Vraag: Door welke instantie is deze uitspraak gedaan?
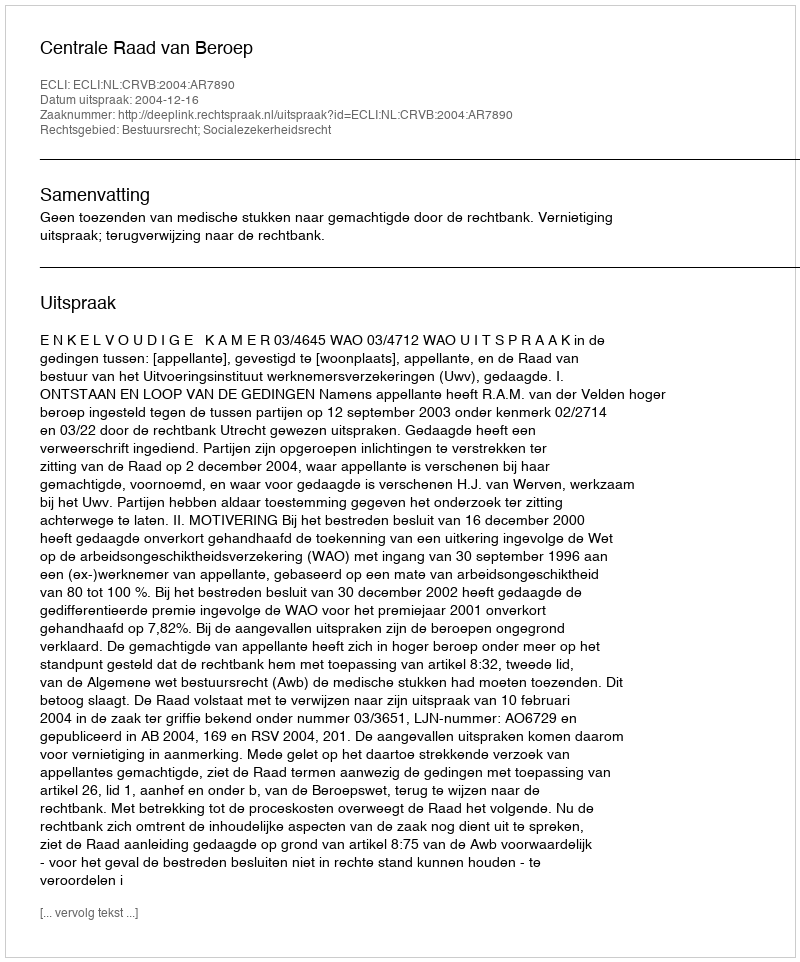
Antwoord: Centrale Raad van Beroep